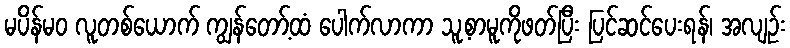
မပိန်မဝ လူတစ်ယောက် ကျွန်တော့်ထံ ပေါက်လာကာ သူ့စာမူကိုဖတ်ပြီး ပြင်ဆင်ပေးရန်၊ အလျဉ်း